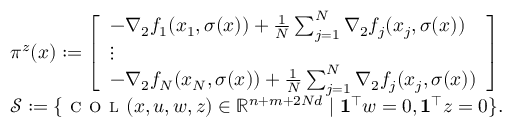
\begin{array} { r l } & { \pi ^ { z } ( x ) : = \left[ \begin{array} { l } { - \nabla _ { 2 } f _ { 1 } ( x _ { 1 } , \sigma ( x ) ) + \frac { 1 } { N } \sum _ { j = 1 } ^ { N } \nabla _ { 2 } f _ { j } ( x _ { j } , \sigma ( x ) ) } \\ { \vdots } \\ { - \nabla _ { 2 } f _ { N } ( x _ { N } , \sigma ( x ) ) + \frac { 1 } { N } \sum _ { j = 1 } ^ { N } \nabla _ { 2 } f _ { j } ( x _ { j } , \sigma ( x ) ) } \end{array} \right] } \\ & { \mathcal { S } : = \{ \textsc { c o l } ( x , u , w , z ) \in \mathbb { R } ^ { n + m + 2 N d } \mid \mathbf { 1 } ^ { \top } w = 0 , \mathbf { 1 } ^ { \top } z = 0 \} . } \end{array}